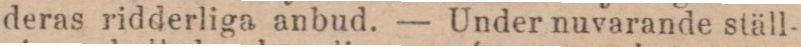
deras ridderliga anbud. — Under nuvarande ställ-